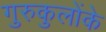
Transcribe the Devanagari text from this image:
गुरुकुलोंके